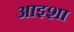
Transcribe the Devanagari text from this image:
आइशा